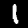
Label: 1